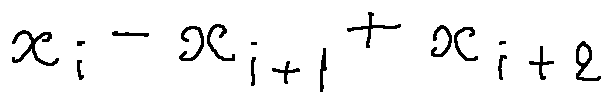
x _ { i } - x _ { i + 1 } + x _ { i + 2 }